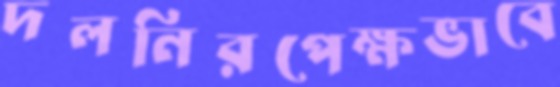
দলনিরপেক্ষভাবে